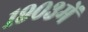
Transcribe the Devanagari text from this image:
१९०३में